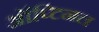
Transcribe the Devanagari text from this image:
ऑप्टिनल